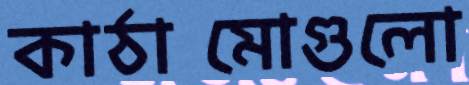
কাঠামোগুলো